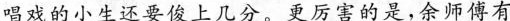
唱戏的小生还要俊上几分。更厉害的是，余师博有